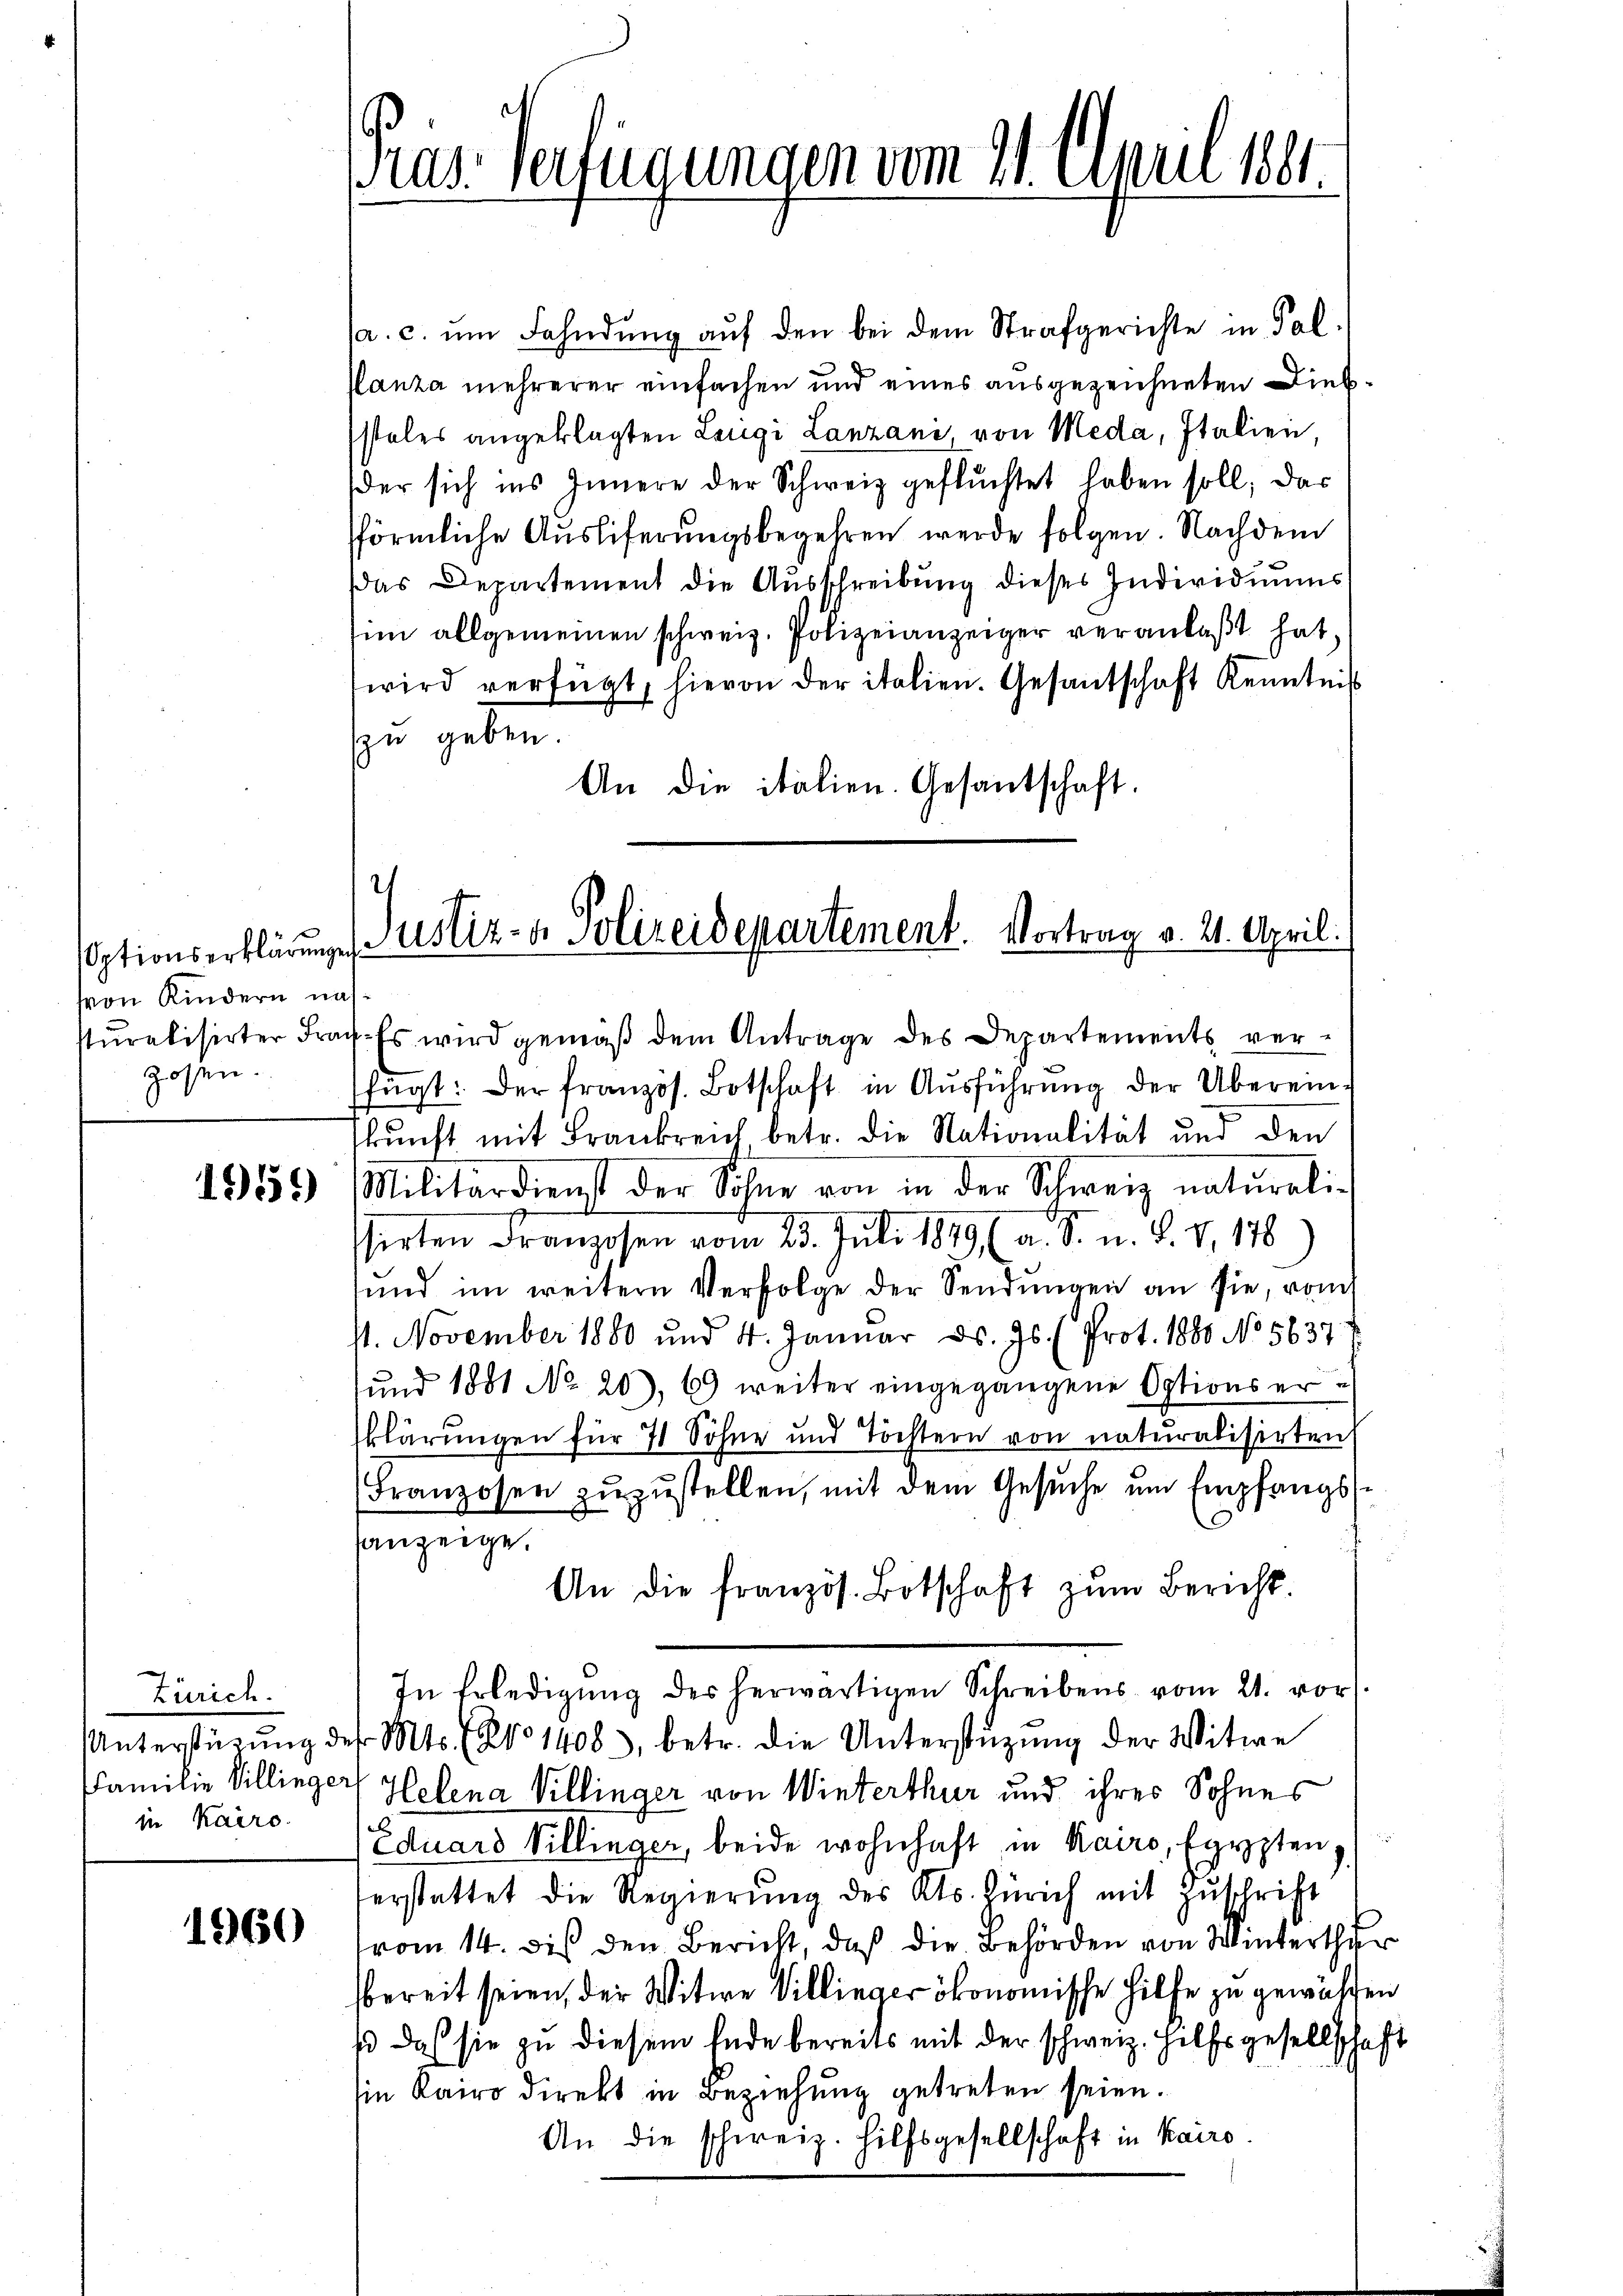
von Kindern nah¬
Hosen.

1951)

Zürich.
in Kairo

1960

Pras. Verfügungen vom 21. April 1881.

¬
Optionserklärungs- ustiz- & Polizeidepartement. Vortrag v. 21. April.

a. c. ŭm Fahndung aŭf den bei dem Strafgerichte in Pal
flanza mehrerer einfachen und eines ausgezeichneten Diebstales angeklagten Lengi Lanzani von Meda, Italien,
der sich ins Innere der Schweiz geflüchtet haben soll, das
fförmliche Ausliferungsbegehren werde folgen. Nachdem
das Departement die Ausschreibung dieses Individiums
im allgemeinen schweiz. Polizeianzeiger veranlaßt hat,
wird verfügt, hievon der italien. Gesantschaft Kenntniß
zu geben.
An die italien. Gesantschaft.
stŭralisirter Frag. Es wird gemäβ dem Antrage des Departements ver-
fügt: Der französ. Botschaft in Ausführung der Übereinskŭnft mit Frankreich betr. die Nationalität und den
Militärdienst der Sohne von in der Schweiz naturalie
sirten Franzosen vom 23. Juli 1849 (a. S. n. F. V. 178)
ŭnd im weitern Verfolge der Sendŭngen an sie, vom
11. November 1880 und 4. Januar ds. Js. (Prot. 1880 No 5637. 4
und 1881 No 20), 69 weiter eingegangene Options erklärungen für 71 Söhne und Töchtern von naturalisirten
Franzosen zŭzŭstellen, mit dem Gesŭche ŭm Empfangss
anzeige.
An die französ. Botschaft zŭm Bericht.
In Erledigŭng des herwärtigen Schreibens vom 21. vor.
Unterstütŭng der Mts. (Ao 1408, betr. die Unterstüzung der Witwe
FFamilie Villinger Helena Villinger von Winterthur und ihres Sohnes
Eduard Villinger, beide wohnhaft in Kairo, Egypten
erstattet die Regierŭng des Kts. Zürich mit Zŭschrift
vom 14. des den Bericht, daß die Behörden von Winterthu
bereit seien, der Witwe Villieger ökonomische Hilfe zu gewähre
s das sie zu diesem Ende bereits mit der schweiz. Hilfsgesellsche
sie Kairo direkt in Beziehung getreten seien.
An die schweiz. Hilfsgesellschaft in Kairo.

e
7